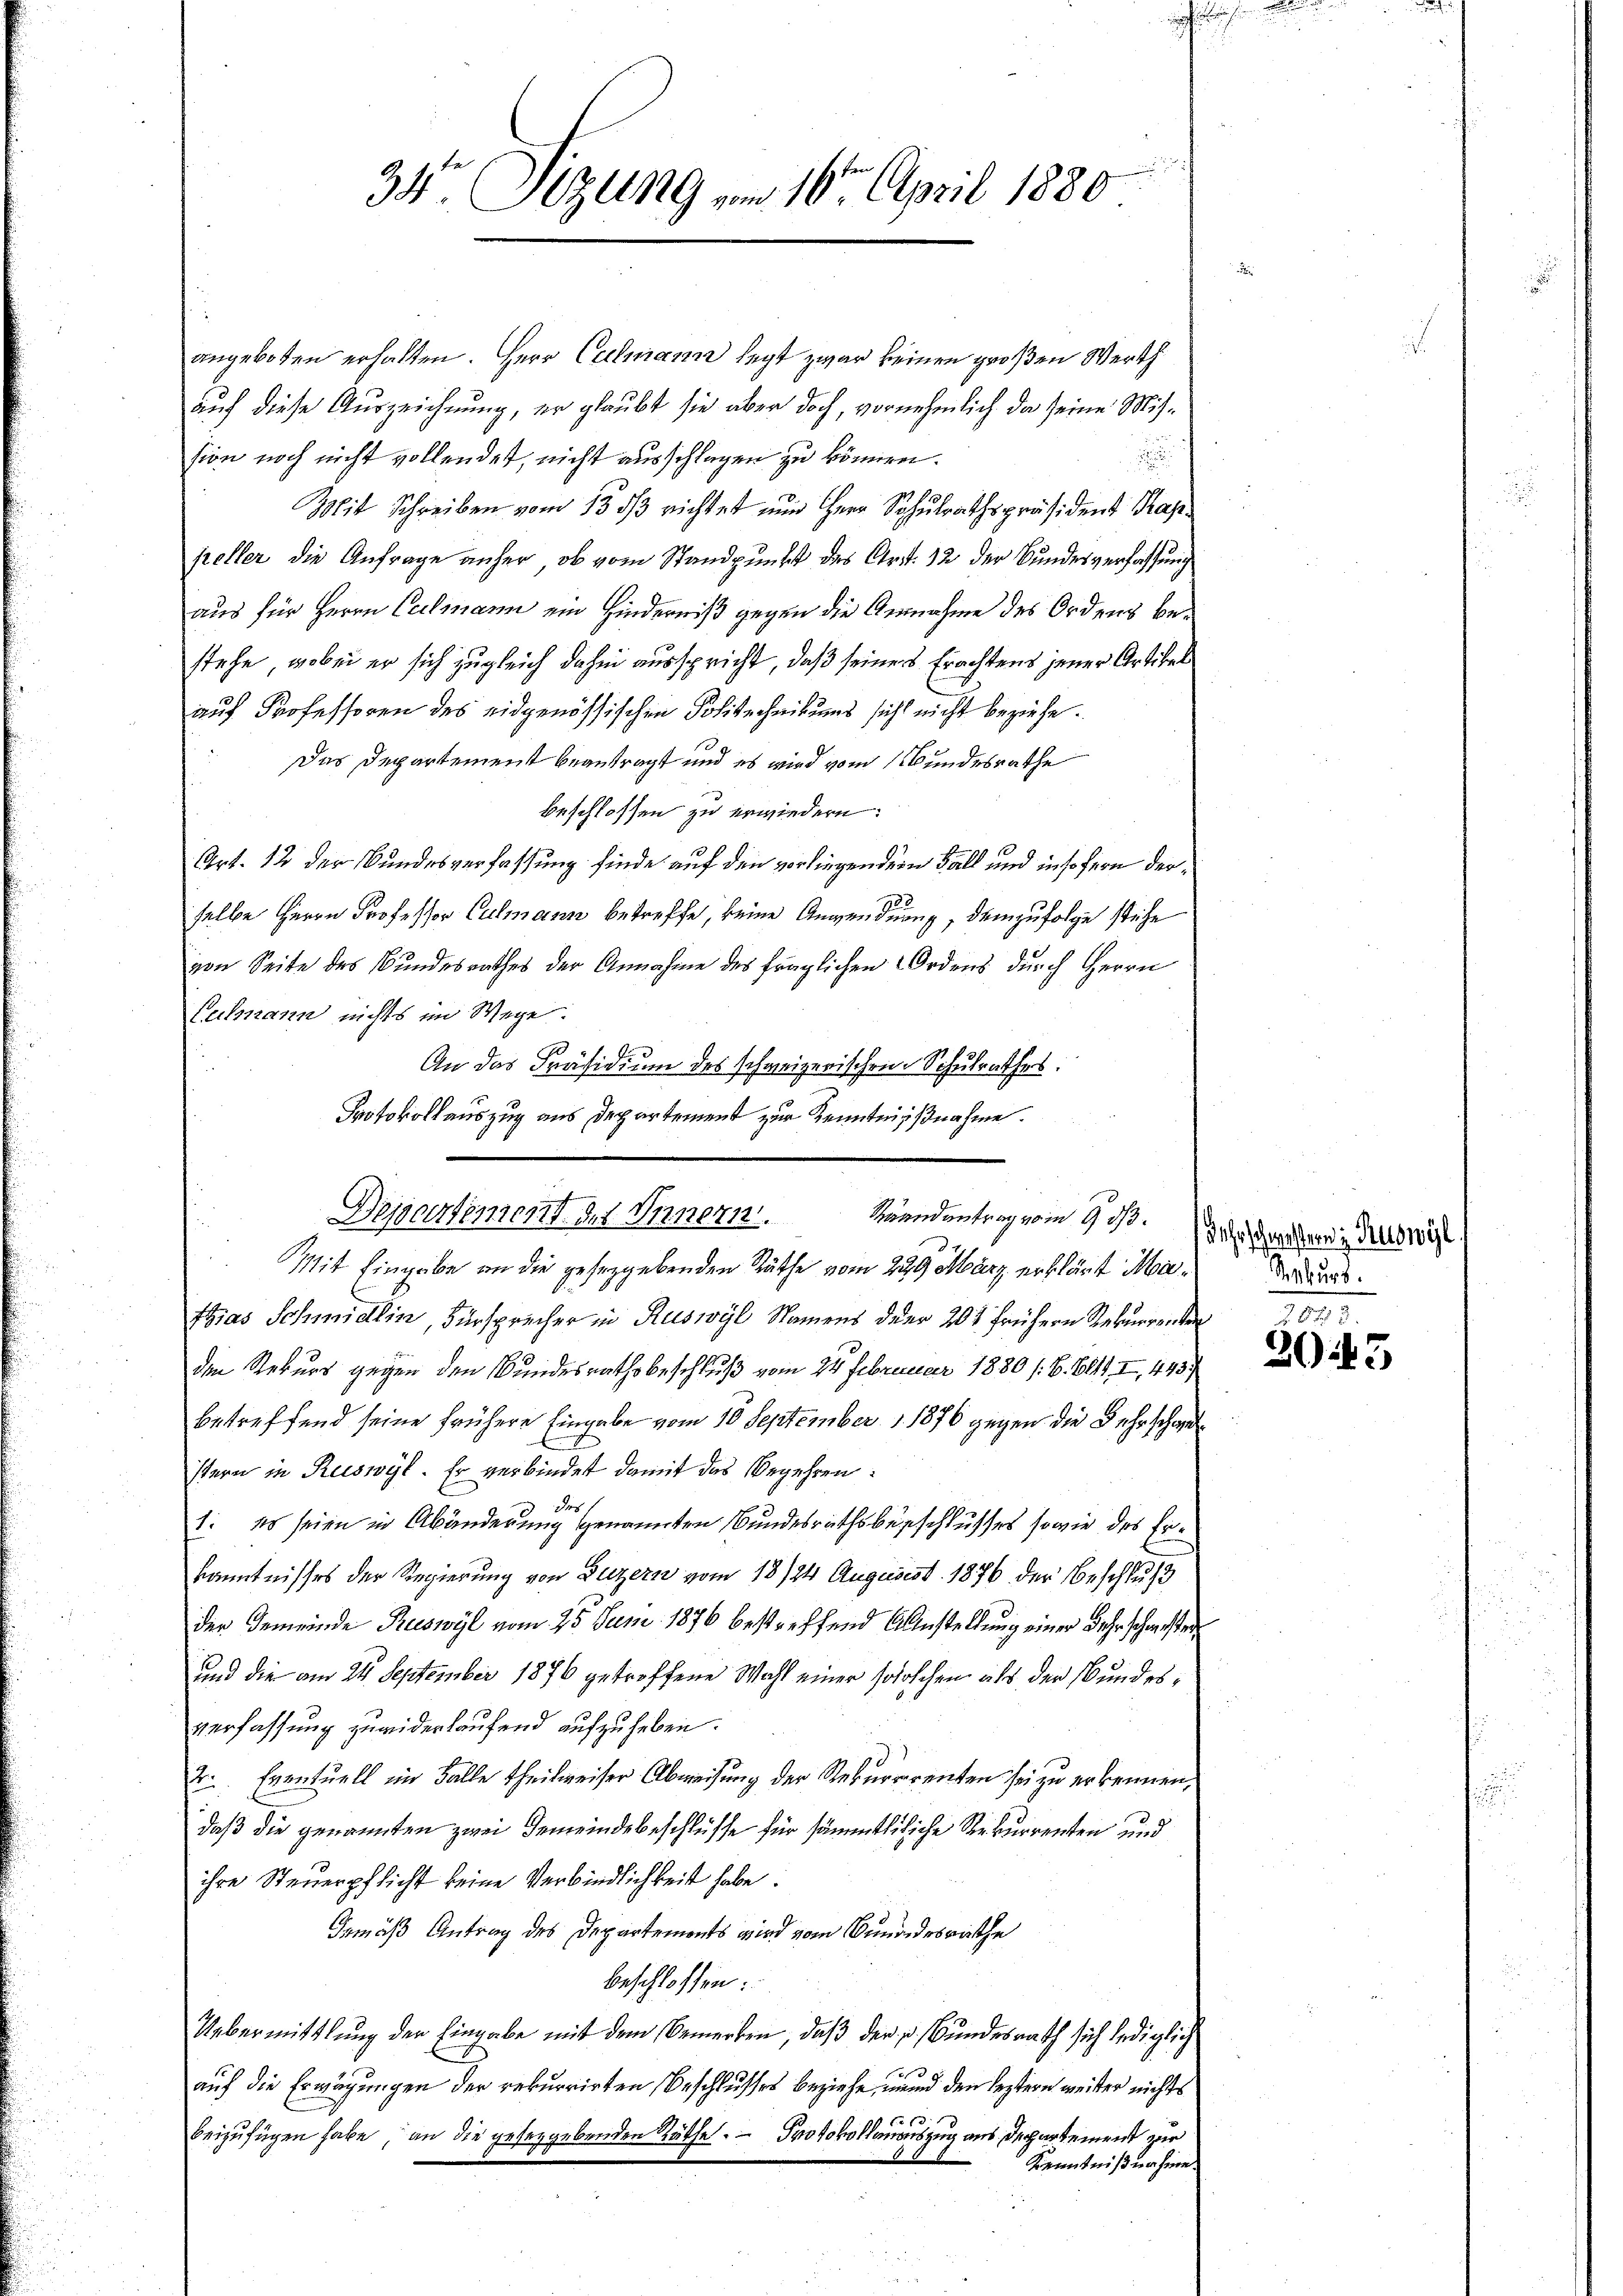
34 Sizung vom 10te April 1880

angeboten erhalten. Herr Culmann legt zwar keinen großen Werth
auf diese Auszeichnung, er glaubt sie aber doch, vornehmlich da seine Mission noch nicht vollendet, nicht ausschlagen zu können.

Mit Schreiben vom 13. ds richtet nun Herr Schulrathspräsident Kappeller die Anfrage anher, ob vom Standpunkt des Art. 12 der Bundesverfassung
aus für Herrn Culmann ein Hinderniß gegen die Annahme des Ordens bestehe, wobei er sich zugleich dahin ausspricht, daß seiners Erachtens jener Artikel
auf Professoren des eidgenössischen Politechnikums sich nicht beziehe.
Das Departement beantragt und es wird vom Bundesrathe
beschlossen zu erwiedern:
Art. 12 der Bundesverfassung finde auf den vorliegendern Fall und insofern derselbe Herrn Professor Culmann betreffe, keine Anwendung, demzufolge stehe
von Seite des Bundesrathes der Annahme des fraglichen Ordens durch Herrn
Eechmann nichts im Wege.
An das Präsidium des schweizerischen Schulrathes:
Mit Eingabe an die geseggebenden Räthe vom 299 März erklärt Mithias Schmidlin, Fürsprecher in Ruswyl Namens der 201 frühern Rekurrenten
den Rekurs gegen den Bundesrathsbeschluß vom 24. Februar 1880 /: 6. 681. I., 443
betreffend seine frühere Eingabe vom 10 September 1876 gegen die Fehr schwestern in Reiswyl. Er verbindet damit das Begehren:
des
1: Es seien in Abänderung genannten Bundesrathsbeschlusses sowie des Erkanntnisses der Regierung von Luzern vom 18/24 August 1876 der Beschluß
der Gemeinde Ruswyl vom 25. Juni 1876 bestreffend Anstellung einer Sehr schwister
und die am 24. September 1876 getroffene Wahl einer soloschen als der Bundesverfassung zuwiderlaufend aufzuheben.
2. Eventuell im Falle theilweiser Abweisung der Rekurrenten sei zu erkennen,
daß die genannten zwei Gemeindebeschlüsse für sämmtlicliche Rekurrenten und
ihre Steuerpflicht keine Verbindlichkeit habe:
Gemäß Antrag des Departements wird vom Bundesrathe
beschlossen:
Uebermittlung der Eingabe mit dem Bemerken, daß der v. Bundesrath sich lediglich
auf die Erwägungen der rekurrirten Beschlusses beziehe, mund den leztere weiter nichts
f 10
beizufügen habe, an die geseggebenden Räthe Protokollanonszug aus Departement zur
Kenntnißen hine.

Protokollauszug aus Departement zur Kenntnißnahme.
Departement des Innern. Wendentrag vom 9. d. Jede der aber in densweist

Rekurs.

1093.
20.45